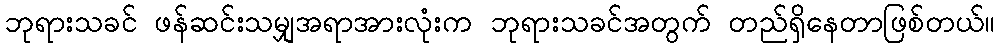
ဘုရားသခင် ဖန်ဆင်းသမျှအရာအားလုံးက ဘုရားသခင်အတွက် တည်ရှိနေတာဖြစ်တယ်။